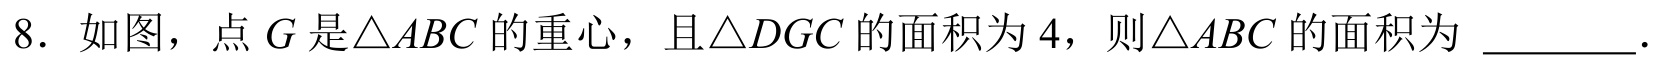
8. 如图，点$G$是$\triangle ABC$的重心，且$\triangle DGC$的面积为$4$，则$\triangle ABC$的面积为 \_\_\_\_\_ .